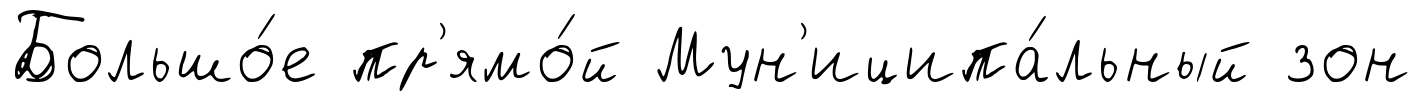
Большо́е пр'ямо́й Мун'иципа́льный зон